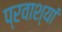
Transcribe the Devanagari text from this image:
प्रवाश्यां